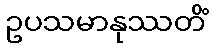
ဥပသမာနုဿတိံ